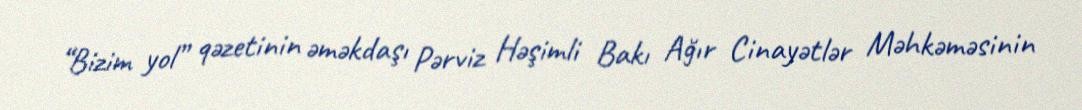
“Bizim yol” qəzetinin əməkdaşı Pərviz Həşimli Bakı Ağır Cinayətlər Məhkəməsinin